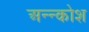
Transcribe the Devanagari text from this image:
अन्‍न्कोश